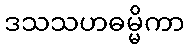
ဒသသဟဓမ္မိကာ